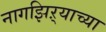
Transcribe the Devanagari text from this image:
नागझिऱ्याच्या